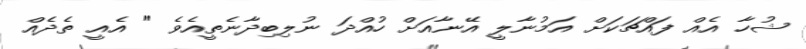
ޝުހާ އެއް ފައްޗަކަށް އަމުނާލީ އޭނާއަށް ހުއްދަ ނުލިބިދާނެތީއެވެ " އެއީ ތެދެއް